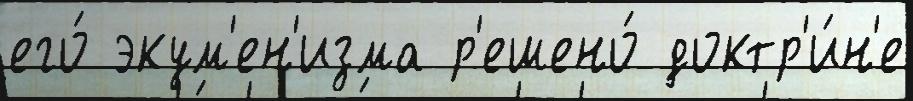
его́ экум'ен'изма р'ешено́ доктр'и́н'е